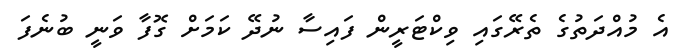
އެ މުއްދަތުގެ ތެރޭގައި ވިކްޓަރީން ފައިސާ ނުދޭ ކަމަށް ގޮފާ ވަނީ ބުނެފަ